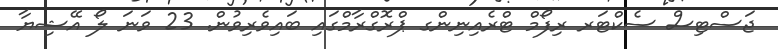
ޖަސްޓިސް ސެކްޓަރ ރިފޯމް ޓްރެއިނިންގ ޕްރޮގްރާމްގައި ބައިވެރިވުން. 23 ވަނަ ލޯ އޭޝިޔާ